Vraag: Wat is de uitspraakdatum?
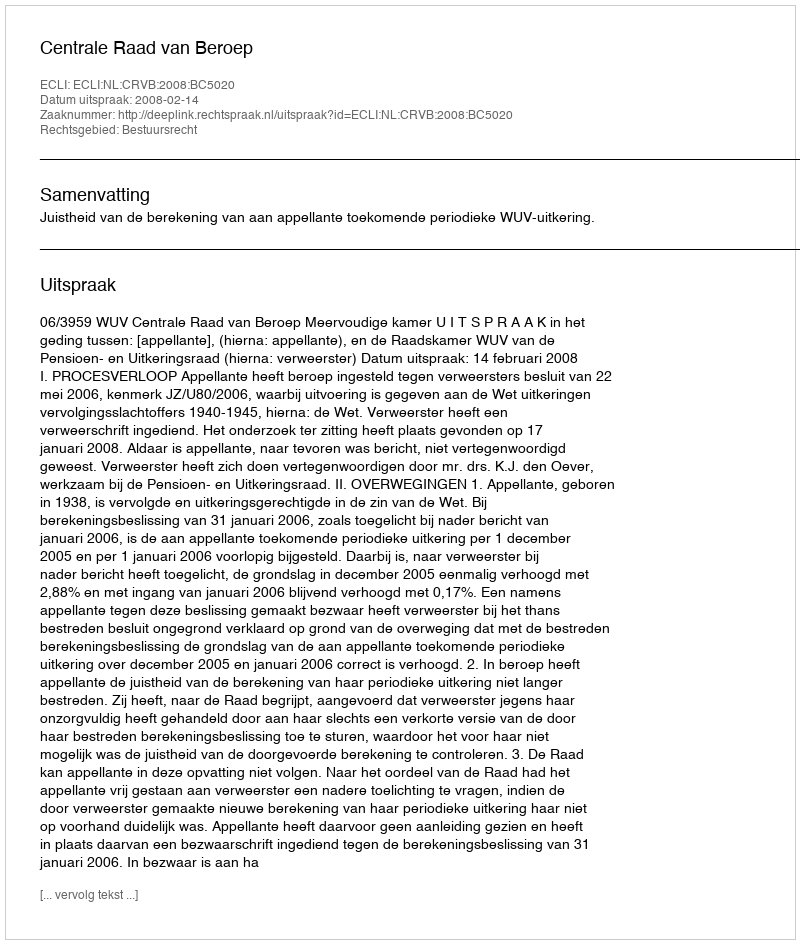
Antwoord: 2008-02-14